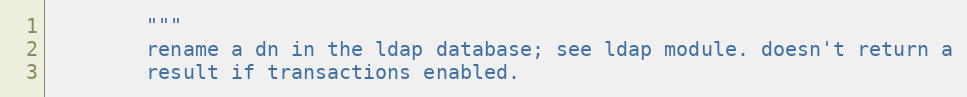
Language: Python
        """
        rename a dn in the ldap database; see ldap module. doesn't return a
        result if transactions enabled.